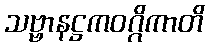
သဗ္ဗာနဋ္ဌကဝဂ္ဂိကာတိ